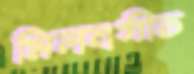
মিলনগীত